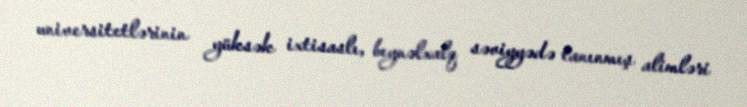
universitetlərinin yüksək ixtisaslı, beynəlxalq səviyyədə tanınmış alimləri